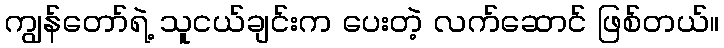
ကျွန်တော်ရဲ့ သူငယ်ချင်းက ပေးတဲ့ လက်ဆောင် ဖြစ်တယ်။